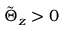
\tilde { \Theta } _ { z } > 0